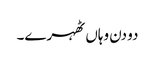
دو دن وہاں ٹھہرے۔